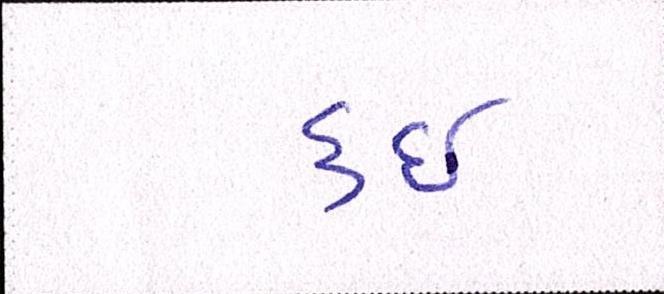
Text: કઇ